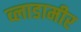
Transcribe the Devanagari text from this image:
व्लाडामीर